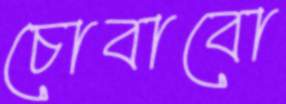
চোবাবো